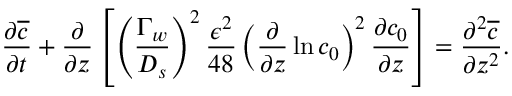
\frac { \partial \overline { { c } } } { \partial t } + \frac { \partial } { \partial z } \left[ \left( \frac { \Gamma _ { w } } { D _ { s } } \right) ^ { 2 } \frac { \epsilon ^ { 2 } } { 4 8 } \left( \frac { \partial } { \partial z } \ln c _ { 0 } \right) ^ { 2 } \frac { \partial c _ { 0 } } { \partial z } \right] = \frac { \partial ^ { 2 } \overline { { c } } } { \partial z ^ { 2 } } .